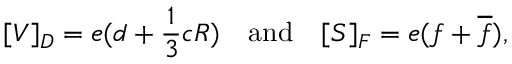
[ { \cal V } ] _ { D } = e ( d + { \frac { 1 } { 3 } } c R ) ~ ~ \mathrm { ~ a n d ~ } ~ ~ [ { \cal S } ] _ { F } = e ( f + \overline { { f } } ) ,